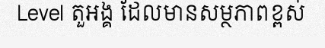
Level តួអង្គ ដែលមានសម្ថភាពខ្ពស់